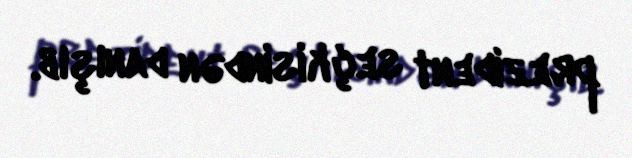
prezident seçkisindən danışıb.